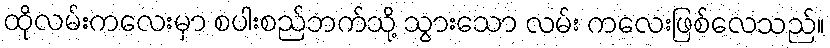
ထိုလမ်းကလေးမှာ စပါးစည်ဘက်သို့ သွားသော လမ်း ကလေးဖြစ်လေသည်။